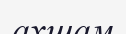
ахшам